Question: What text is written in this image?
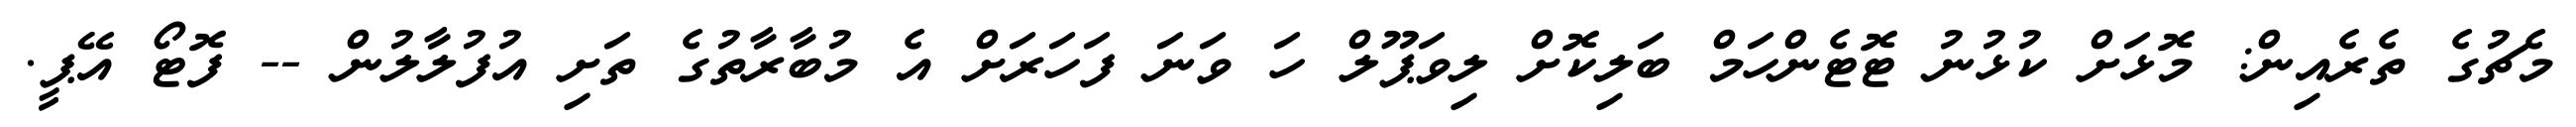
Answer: މެޗުގެ ތެރެއިން: މޮޅަށް ކުޅުނު ޓޮޓެންހަމް ބަލިކޮށް ލިވަޕޫލް ހަ ވަނަ ފަހަރަށް އެ މުބާރާތުގެ ތަށި އުފުލާލުން -- ފޮޓޯ އޭޕީ.